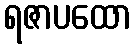
ရဇာပထော